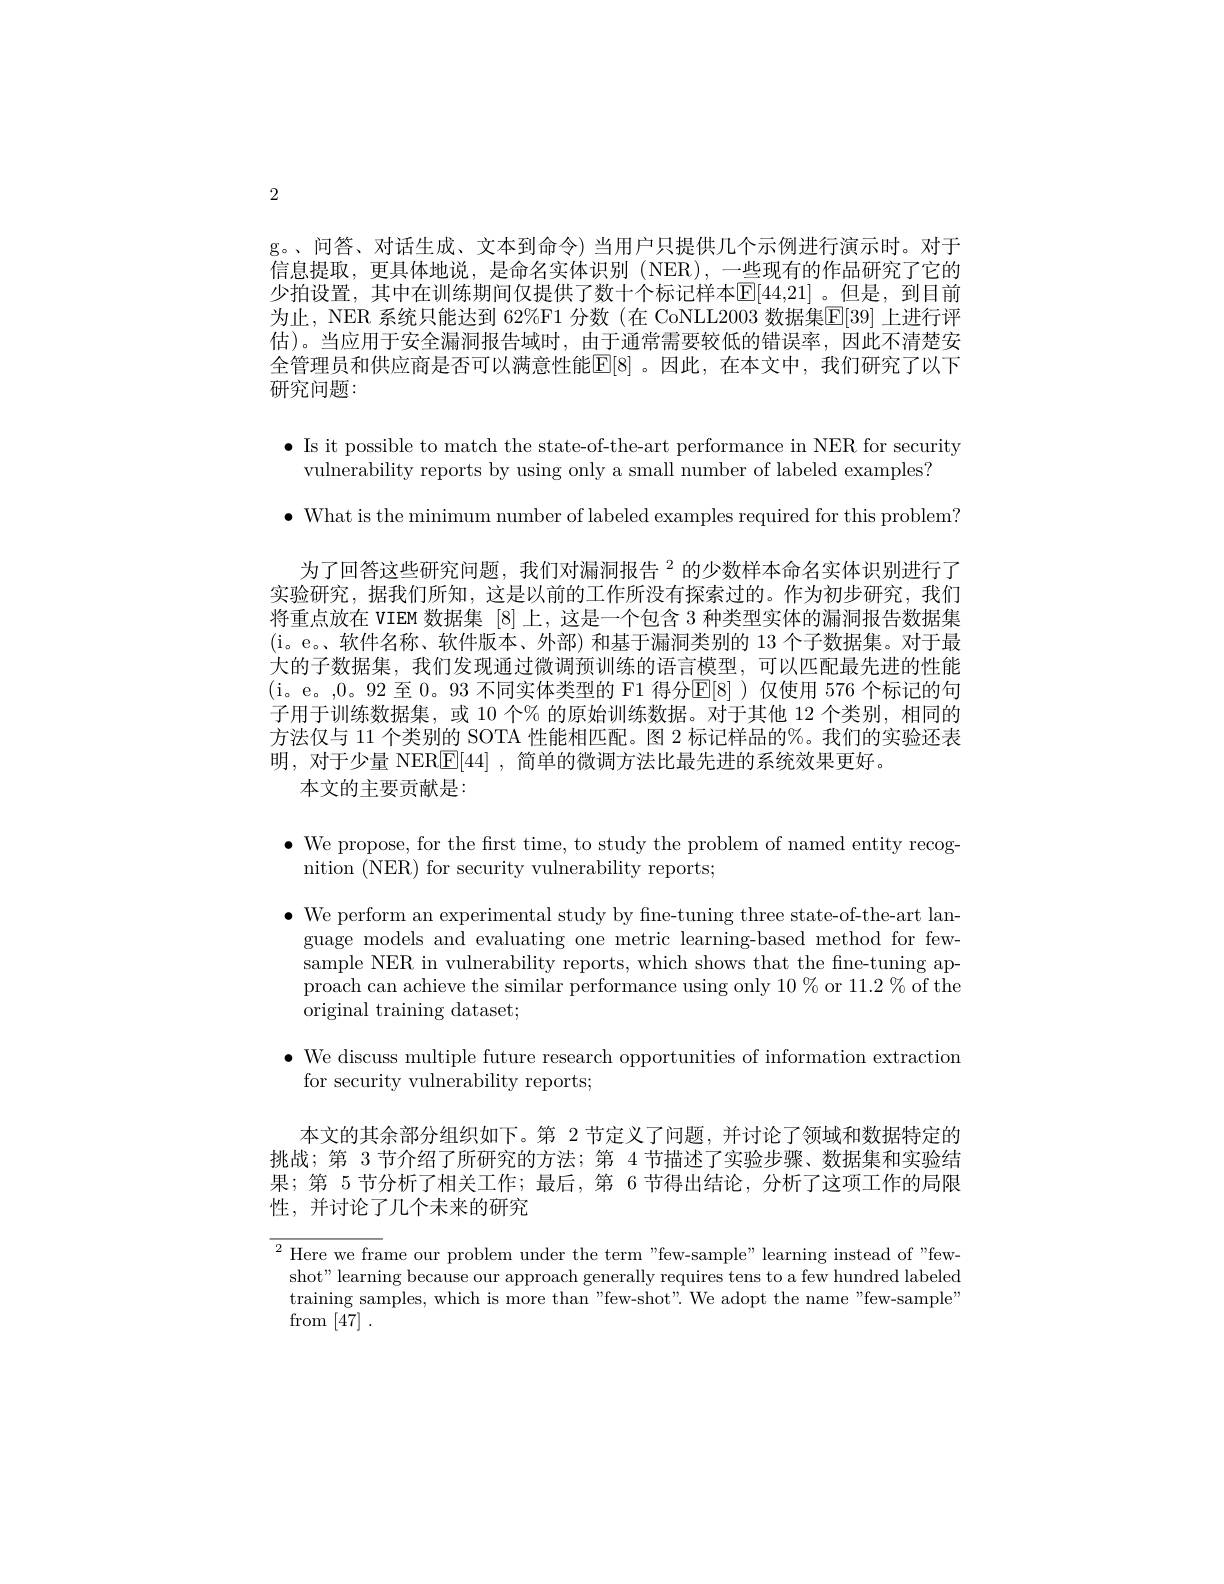
2

g。、问答、对话生成、文本到命令) 当用户只提供几个示例进行演示时。对于信息提取，更具体地说，是命名实体识别(NER),一些现有的作品研究了它的少拍设置，其中在训练期间仅提供了数十个标记样本$\mathbb{E}[44,21]$ 。但是，到目前为止，NER 系统只能达到 62%F1 分数(在 CoNLL2003 数据集$\mathbb{E}[39]$ 上进行评估)。当应用于安全漏洞报告域时，由于通常需要较低的错误率，因此不清楚安全管理员和供应商是否可以满意性能$\mathbb{E}[8]$。因此，在本文中，我们研究了以下研究问题：

$\bullet$ Is it possible to match the state-of-the-art performance in NER for security

vulnerability reports by using only a small number of labeled examples?

$\bullet$ What is the minimum number of labeled examples required for this problem?
为了回答这些研究问题，我们对漏洞报告$^{2}$的少数样本命名实体识别进行了实验研究，据我们所知，这是以前的工作所没有探索过的。作为初步研究，我们将重点放在 VIEM 数据集[8]上，这是一个包含 3 种类型实体的漏洞报告数据集(i。e。、软件名称、软件版本、外部) 和基于漏洞类别的 13 个子数据集。对于最大的子数据集，我们发现通过微调预训练的语言模型，可以匹配最先进的性能(i。e。,0。92 至 0。93 不同实体类型的 F1 得分$\mathbb{E}[8]$ )仅使用 576 个标记的句子用于训练数据集，或 10 个% 的原始训练数据。对于其他 12 个类别，相同的方法仅与 11 个类别的 SOTA 性能相匹配。图 2 标记样品的%。我们的实验还表明，对于少量 NER[E[44] ,简单的微调方法比最先进的系统效果更好。
本文的主要贡献是：

$\bullet$ We propose, for the first time, to study the problem of named entity recog-
nition (NER) for security vulnerability reports;

$\bullet$ We perform an experimental study by fine-tuning three state-of-the-art language models and evaluating one metric learning-based method for fewsample NER in vulnerability reports, which shows that the fne-tuning approach can achieve the similar performance using only 10 % or 11.2 % of the original training dataset;

$\bullet$ We discuss multiple future research opportunities of information extraction
for security vulnerability reports;

本文的其余部分组织如下。第 2 节定义了问题，并讨论了领域和数据特定的挑战；第 3 节介绍了所研究的方法；第 4 节描述了实验步骤、数据集和实验结果；第 5 节分析了相关工作；最后，第 6 节得出结论，分析了这项工作的局限性，并讨论了几个未来的研究

$^{2}$ Here we frame our problem under the term"few-sample" learning instead of "fewshot" learning because our approach generally requires tens to a few hundred labeled training samples, which is more than " few- shot" . We adopt the name " few- sampl$e^{\prime }$ $\mathop{\mathrm{from}}\left[47\right].$